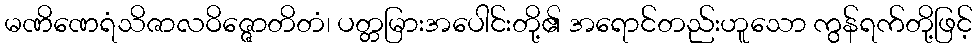
မဏိဏေရံသိဇာလဝိဇ္ဇောတိတံ၊ ပတ္တမြားအပေါင်းတို့၏ အရောင်တည်းဟူသော ကွန်ရက်တို့ဖြင့်